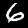
Label: 6